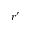
r ^ { \prime }